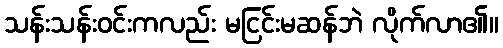
သန်းသန်းဝင်းကလည်း မငြင်းမဆန်ဘဲ လိုက်လာ၏။